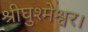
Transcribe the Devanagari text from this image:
श्रीघुश्मेश्वर।